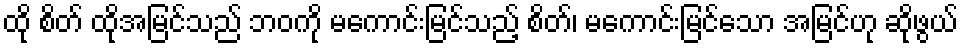
ထို စိတ် ထိုအမြင်သည် ဘဝကို မကောင်းမြင်သည့် စိတ်၊ မကောင်းမြင်သော အမြင်ဟု ဆိုဖွယ်